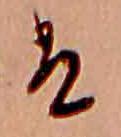
は